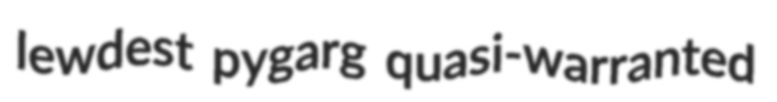
lewdest pygarg quasi-warranted